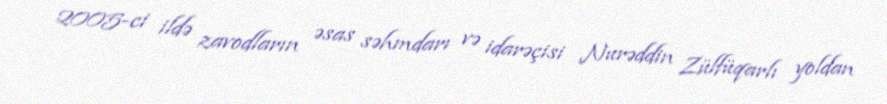
2005-ci ildə zavodların əsas səhmdarı və idarəçisi Nurəddin Zülfüqarlı yoldan